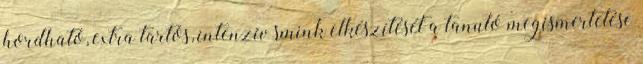
hordható, extra tartós, intenzív smink elkészítését a tanuló megismertetése